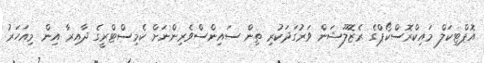
އޮޕްޓިކަލް މައިކްރޮސްކޯޕްގެ ރެޒޮލޫޝަން ވަރުގަދަކުރި ތިން ސައިންސްވެރިންނަށް ކެމިސްޓްރީގެ ދާއިރާ އިން މިއަހަރު